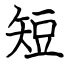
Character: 短